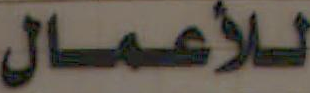
للأعمال